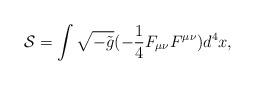
LaTeX: \begin{align*}{\cal S}=\int\sqrt{-\tilde{g}}(-\frac{1}{4}F_{\mu\nu}F^{\mu\nu})d^4x,\end{align*}